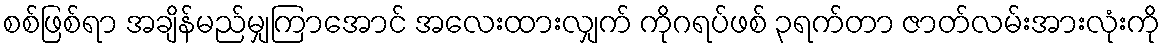
စစ်ဖြစ်ရာ အချိန်မည်မျှကြာအောင် အလေးထားလျှက် ကိုဂရပ်ဖစ် ၃ရက်တာ ဇာတ်လမ်းအားလုံးကို